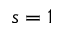
s = 1